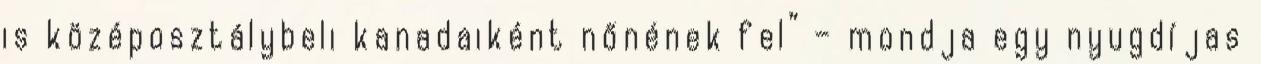
is középosztálybeli kanadaiként nőnének fel” – mondja egy nyugdíjas